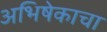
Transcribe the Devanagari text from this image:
अभिषेकाचा